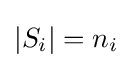
|S_{i}|=n_{i}